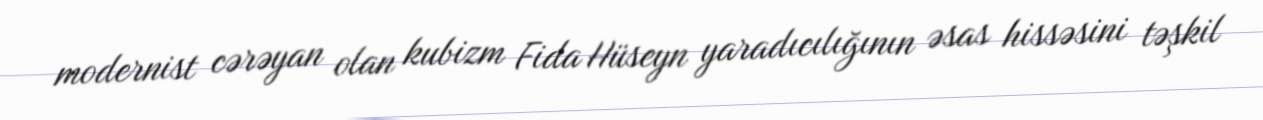
modernist cərəyan olan kubizm Fida Hüseyn yaradıcılığının əsas hissəsini təşkil